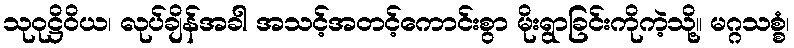
သုဝုဋ္ဌိဝိယ၊ လုပ်ချိန်အခါ အသင့်အတင့်ကောင်းစွာ မိုးရွာခြင်းကိုကဲ့သို့။ မဂ္ဂသစ္စံ၊